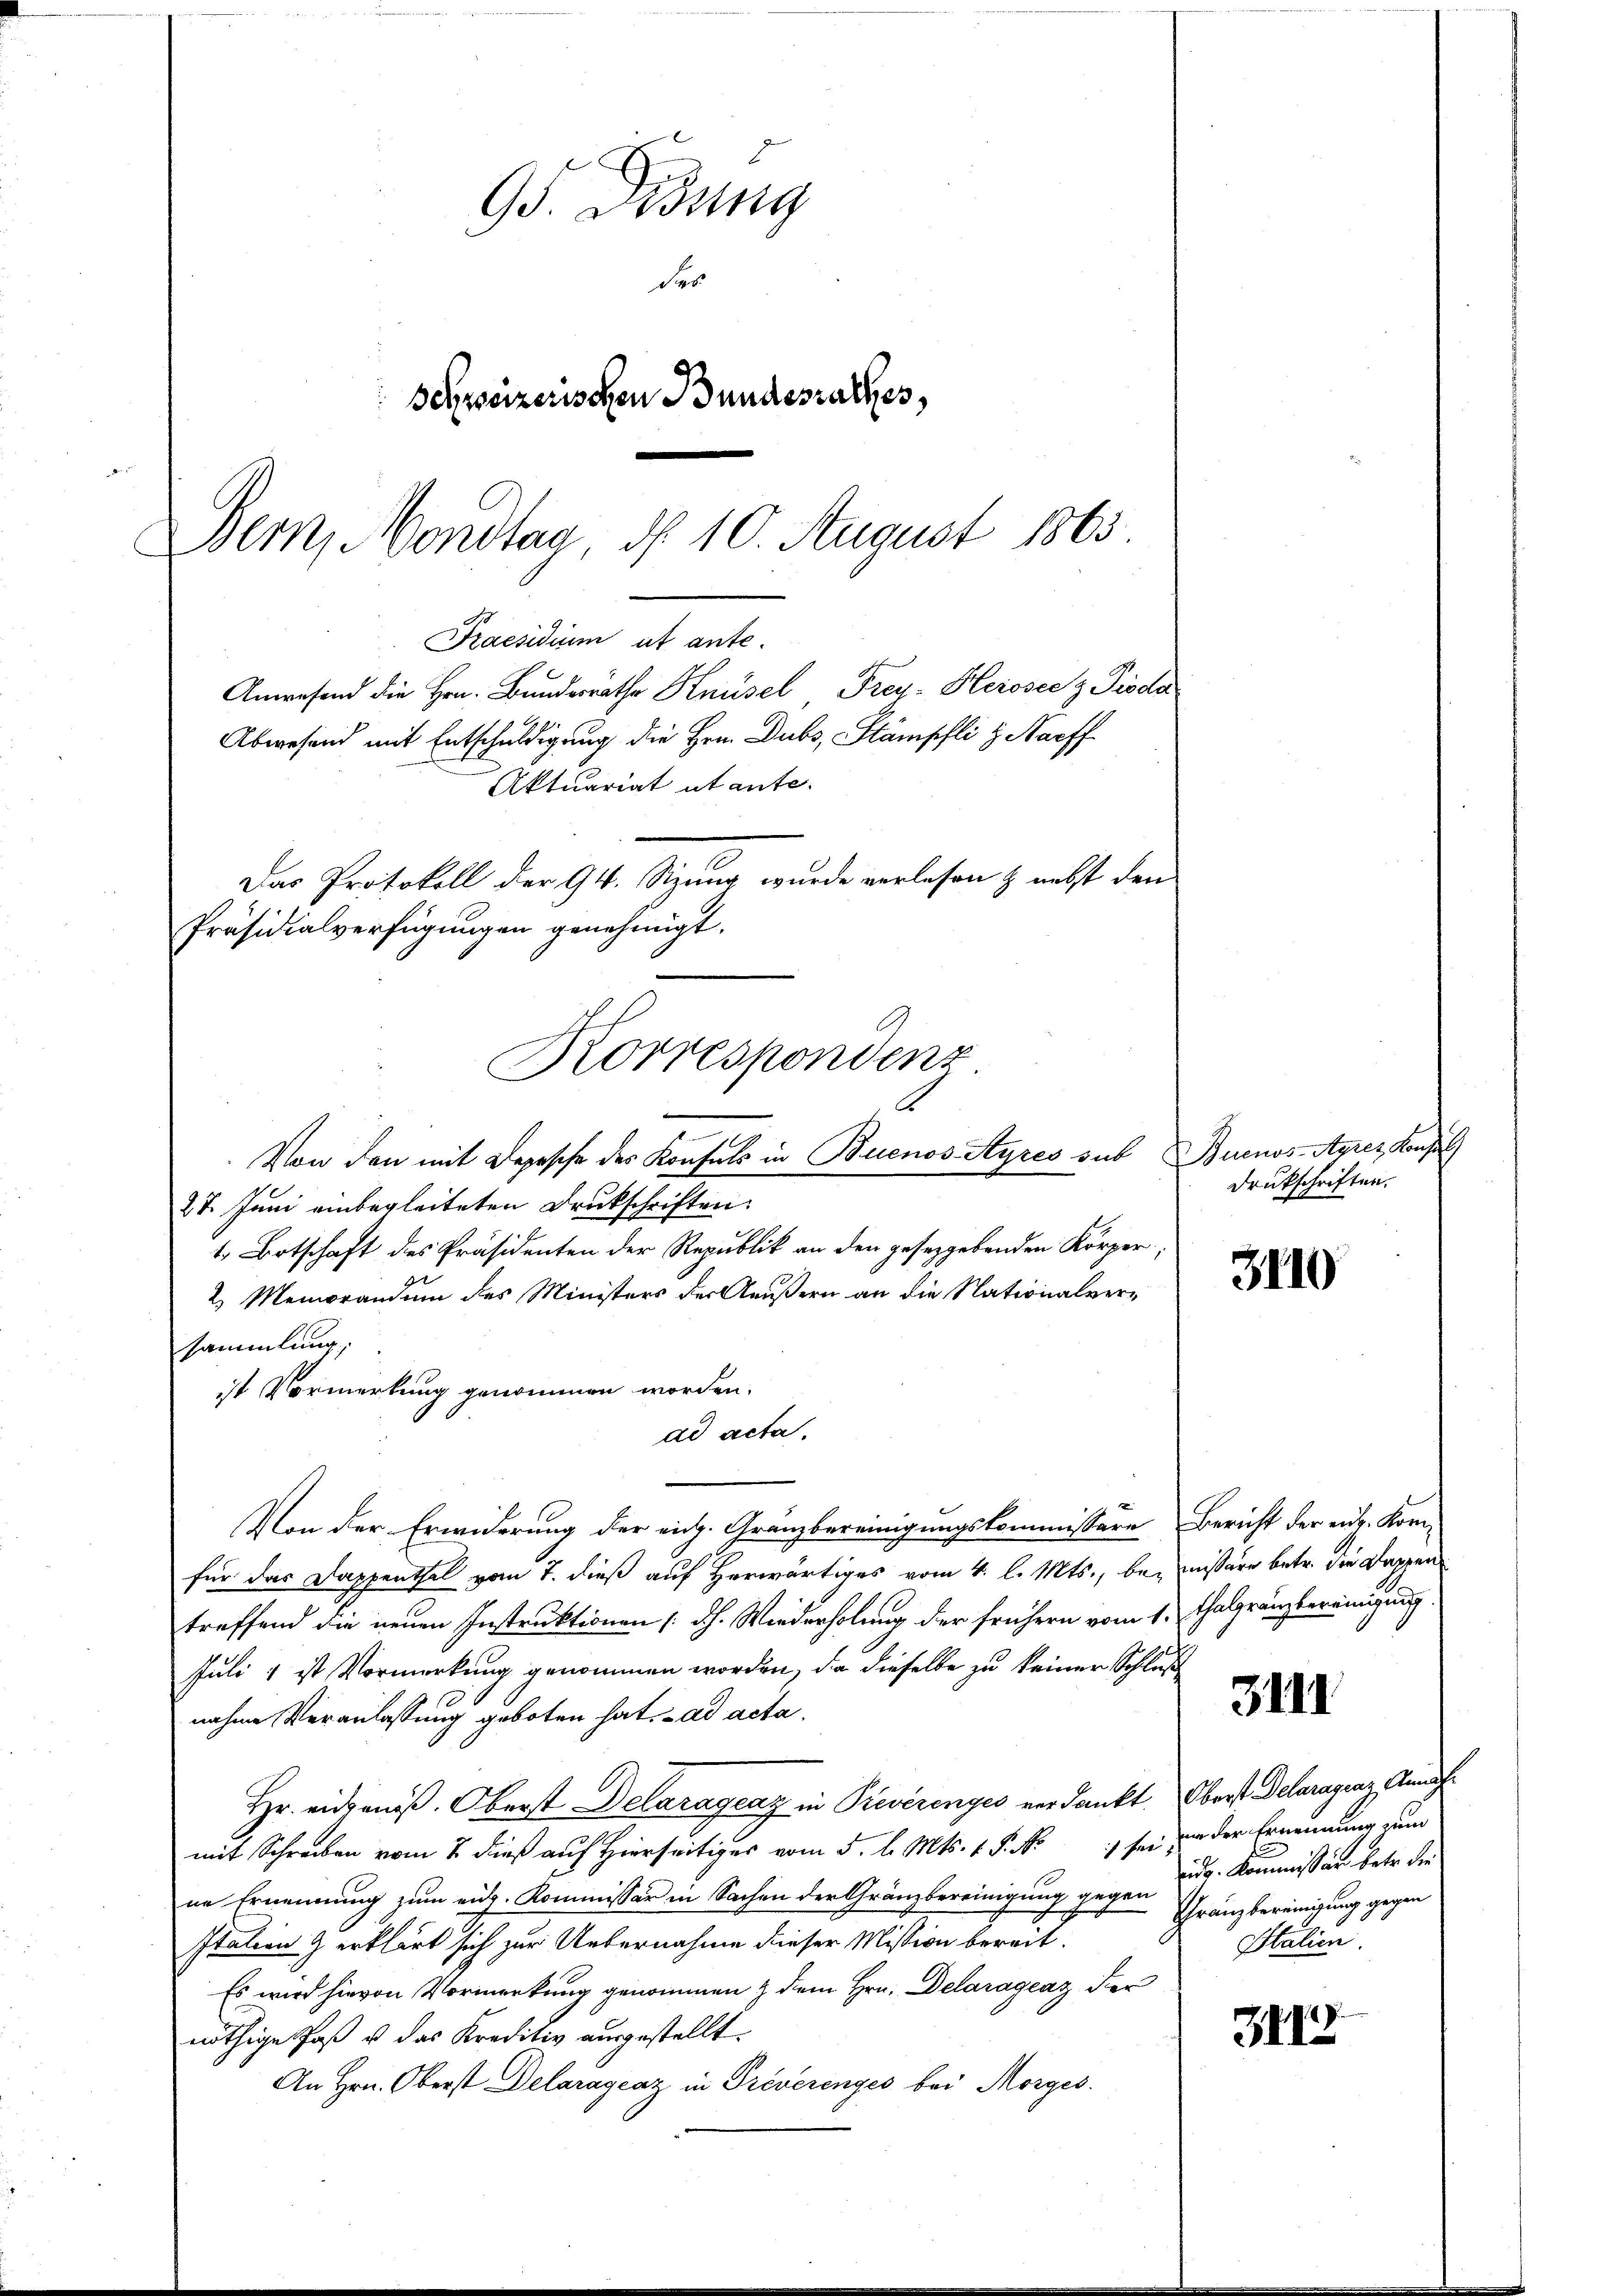
95. Didung
des
Schweizerischen Bundesrathes,
Bern, Mondtag d. 10. August 1863.

Praesidium et ante.
Anwesend die Hrn. Bundesrathe Knüsel Frey- Herosecz Pioda
Abwesend mit Entschuldigung die Hrn. Dubs, Stämpfli & Narff
Das Protokoll der 94. Sizung wurde verlesen & nebst den
Präsidialverfügungen genehmigt.
Korrespondenz
Von den mit Depesche des Konsuls in Buenos-Ayres sub Buenos-Ayres Konsul

Aktuariat utante.

27. Juni einbegleiteten Druckschriften.
t Botschaft des Präsidenten der Republik an den geseggebenden Körper,
2 Memorandum des Ministers der Aeußern an die Nationalversammlung,
ist Vormerkung genommen worden.
ad acta.
Von der Erwiderung der eidg. Granzbereinigungskommissäre Bericht der eiz. Komfür das Dappenthal vom 7. dieß auf Herwärtiges vom 4. l. Mts., bei missäre betr. die Dappen
treffend die neuen Instruktionen [dh. Wiederholung der frühern vom 1. Talgränzbereinigung.
Juli 1 ist Vormerkung genommen worden, da dieselbe zu keiner Schluß
nahme Veranlassung geboten hat. ad acta
Hr. eineniß. Oberst Delaragenz in Preverenges verdankt. Oberst Delaragraz, Annahmit Schreiben vom 2 dieß auf Hierseitiges vom 5. l. Mts. v. P. N
ne Ernennung zum eidg. Kommissär in Sachen der Gränzbereinigung gegen
station & erklärt sich zur Uebernahme dieser Mission bereit.
Es wird hievon Vormerkung genommen & dem Hrn. Delarágeaz der
nöthige Faß & das Kreditiv ausgestellt.
An Hrn. Oberst Delaragraz in Preverenges bei Morges.

Druckschriften.

3110

3111

) sei von der Ernennung nun
idg. Kommission betr. die
Thränzbereinigung gegen
Italien.

312